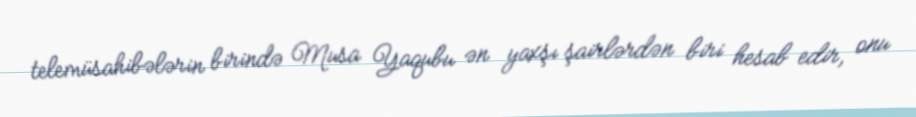
telemüsahibələrin birində Musa Yaqubu ən yaxşı şairlərdən biri hesab edir, onu